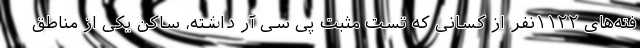
فته‌های ۱۱۲۲نفر از کسانی که تست مثبت پی سی آر داشته، ساکن یکی از مناطق